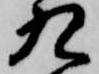
九